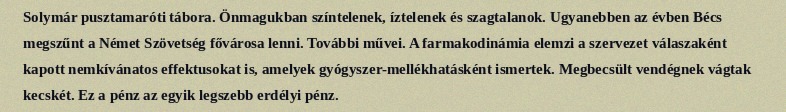
Solymár pusztamaróti tábora. Önmagukban színtelenek, íztelenek és szagtalanok. Ugyanebben az évben Bécs megszűnt a Német Szövetség fővárosa lenni. További művei. A farmakodinámia elemzi a szervezet válaszaként kapott nemkívánatos effektusokat is, amelyek gyógyszer-mellékhatásként ismertek. Megbecsült vendégnek vágtak kecskét. Ez a pénz az egyik legszebb erdélyi pénz.